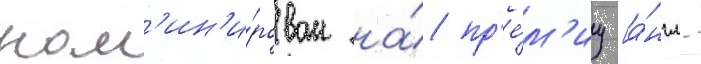
ном'ин'и́рован на́ пр'е́м'иу [а́нгл.